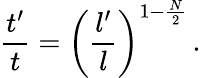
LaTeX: {\frac{t^{\prime}}{t}}=\left({\frac{l^{\prime}}{l}}\right)^{1-{\frac{N}{2}}}\, .